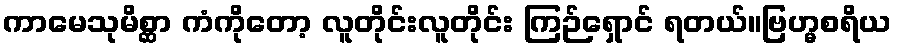
ကာမေသုမိစ္ဆာ ကံကိုတော့ လူတိုင်းလူတိုင်း ကြဉ်ရှောင် ရတယ်။ဗြဟ္မစရိယ